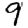
Digit: 9